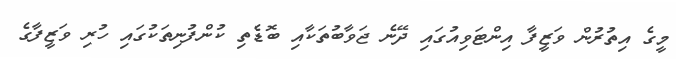
މީގެ އިތުރުން ވަޒީފާ އިންޓަވިއުގައި ދޭނެ ޖަވާބުތަކާއި ބޮޑެތި ކުންފުނިތަކުގައި ހުރި ވަޒީފާގެ